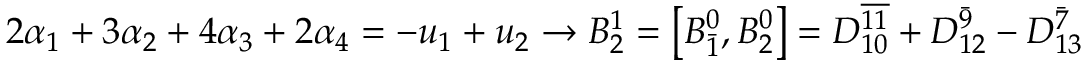
2 \alpha _ { 1 } + 3 \alpha _ { 2 } + 4 \alpha _ { 3 } + 2 \alpha _ { 4 } = - u _ { 1 } + u _ { 2 } \rightarrow B _ { 2 } ^ { 1 } = \left[ B _ { \bar { 1 } } ^ { 0 } , B _ { 2 } ^ { 0 } \right] = D _ { 1 0 } ^ { \overline { { { 1 1 } } } } + D _ { 1 2 } ^ { \bar { 9 } } - D _ { 1 3 } ^ { \bar { 7 } }